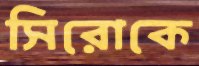
সিরোকে